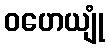
ဝဟေယျုံ